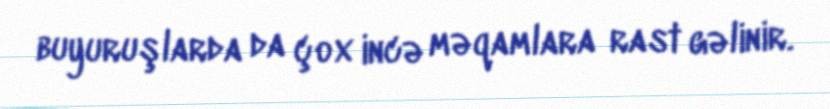
buyuruşlarda da çox incə məqamlara rast gəlinir.